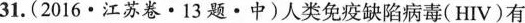
31.(2016·江苏卷·13题·中)人类免疫缺陷病毒(HIV)有